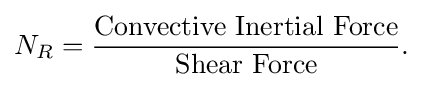
N_{R}={{\text{Convective Inertial Force}} \over {\text{Shear Force}}}.\,\!